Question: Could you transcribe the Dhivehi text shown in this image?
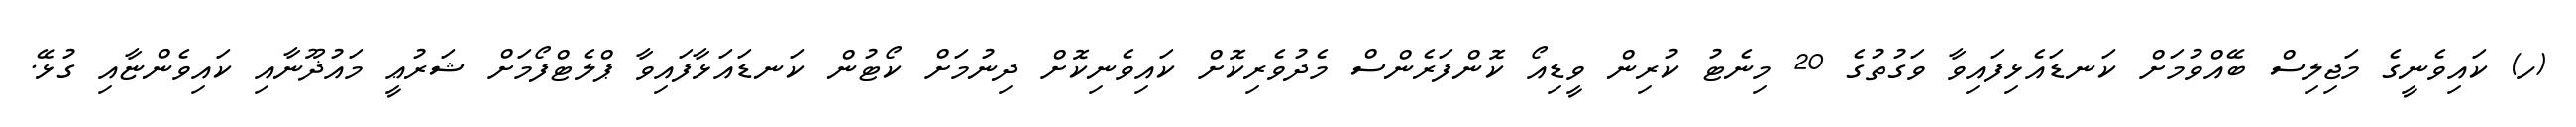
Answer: (ހ) ކައިވެނީގެ މަޖިލިސް ބޭއްވުމަށް ކަނޑައެޅިފައިވާ ވަގުތުގެ 20 މިނެޓު ކުރިން ވީޑިއޯ ކޮންފަރެންސް މެދުވެރިކޮށް ކައިވެނިކޮށް ދިނުމަށް ކޯޓުން ކަނޑައަޅާފައިވާ ޕްލެޓްފޯމަށް ޝަރުޢީ މައުޛޫނާއި ކައިވެންޏާއި ގުޅޭ.